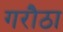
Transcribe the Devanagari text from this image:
गरौठा